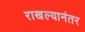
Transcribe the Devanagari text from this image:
राखल्यानंतर